Leaving Certificate Examination (including Day School Certificate (Higher) General paper), 1930
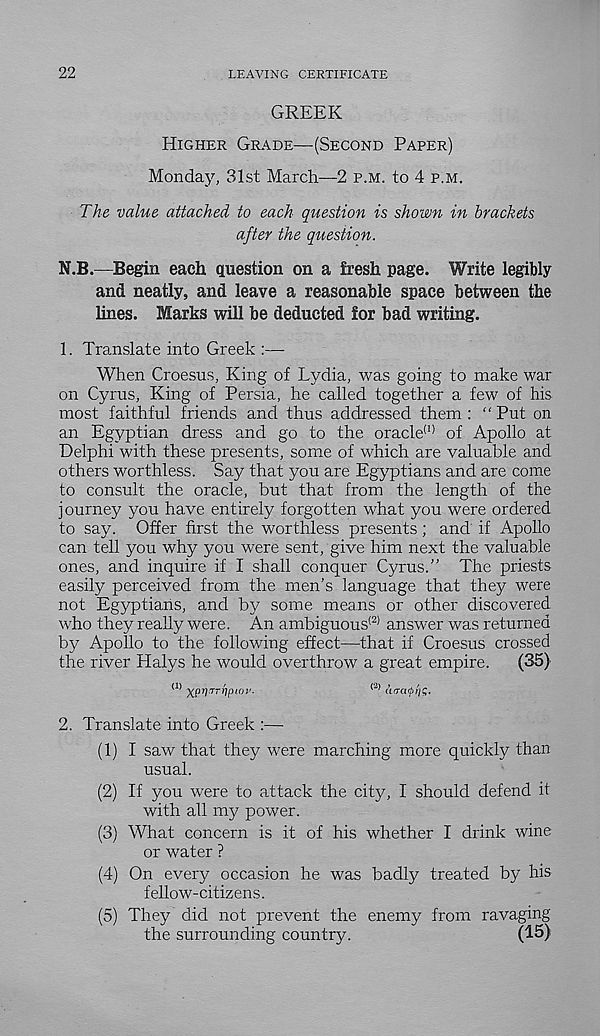
22
LEAVING CERTIFICATE
GREEK
HIGHER GRADE—(SECOND PAPER)
Monday, 31st March—2 P.M. to 4 P.M.
The value attached to each question is shown in brackets
after the question.
N.B.—Begin each question on a fresh page. Write legibly
and neatly, and leave a reasonable space between the
lines. Marks will be deducted for bad writing.
1. Translate into Greek :—
When Croesus, King of Lydia, was going to make war
on Cyrus, King of Persia, he called together a few of his
most faithful friends and thus addressed them : “ Put on
an Egyptian dress and go to the oracle 01 of Apollo at
Delphi with these presents, some of which are valuable and
others Worthless. Say that you are Egyptians and are come
to consult the oracle, but that from the length of the
journey you have entirely forgotten what you were ordered
to say. Offer first the worthless presents; and if Apollo
can tell you why you were sent, give him next the valuable
ones, and inquire if I shall conquer Cyrus.” The priests
easily perceived from the men’s language that they were
not Egyptians, and by some means or other discovered
who they really were. An ambiguous (2) answer was returned
by Apollo to the following effect—that if Croesus crossed
the river Halys he would overthrow a great empire.
(35)
(1> XPWTVpMi'-
<2> atratpi'i^.
2. Translate into Greek :—
(1) I saw that they were marching more quickly than
usual.
(2) If you were to attack the city, I should defend it
with all my power.
(3) What concern is it of his whether I drink wine
or water ?
(4) On every occasion he was badly treated by his
fellow-citizens.
(5) They did not prevent the enemy from ravaging
the surrounding country.
(15)